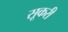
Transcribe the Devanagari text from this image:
सूकरी